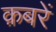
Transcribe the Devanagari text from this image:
क़बरें